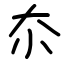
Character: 夵